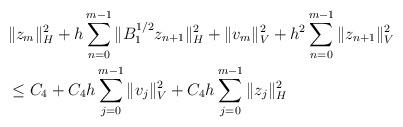
LaTeX: \begin{align*}&\|z_{m}\|_{H}^2 + h\sum_{n=0}^{m-1}\|B_{1}^{1/2}z_{n+1}\|_{H}^2 + \|v_{m}\|_{V}^2 + h^2\sum_{n=0}^{m-1}\|z_{n+1}\|_{V}^2 \\ &\leq C_{4} + C_{4}h\sum_{j=0}^{m-1}\|v_{j}\|_{V}^2 + C_{4}h\sum_{j=0}^{m-1}\|z_{j}\|_{H}^2 \end{align*}